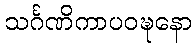
သင်္ဂဏိကာပဝဍ္ဎနော